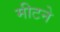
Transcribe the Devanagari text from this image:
मीटने